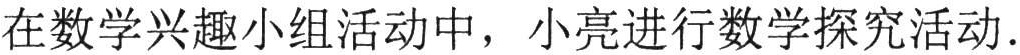
在数学兴趣小组活动中，小亮进行数学探究活动.